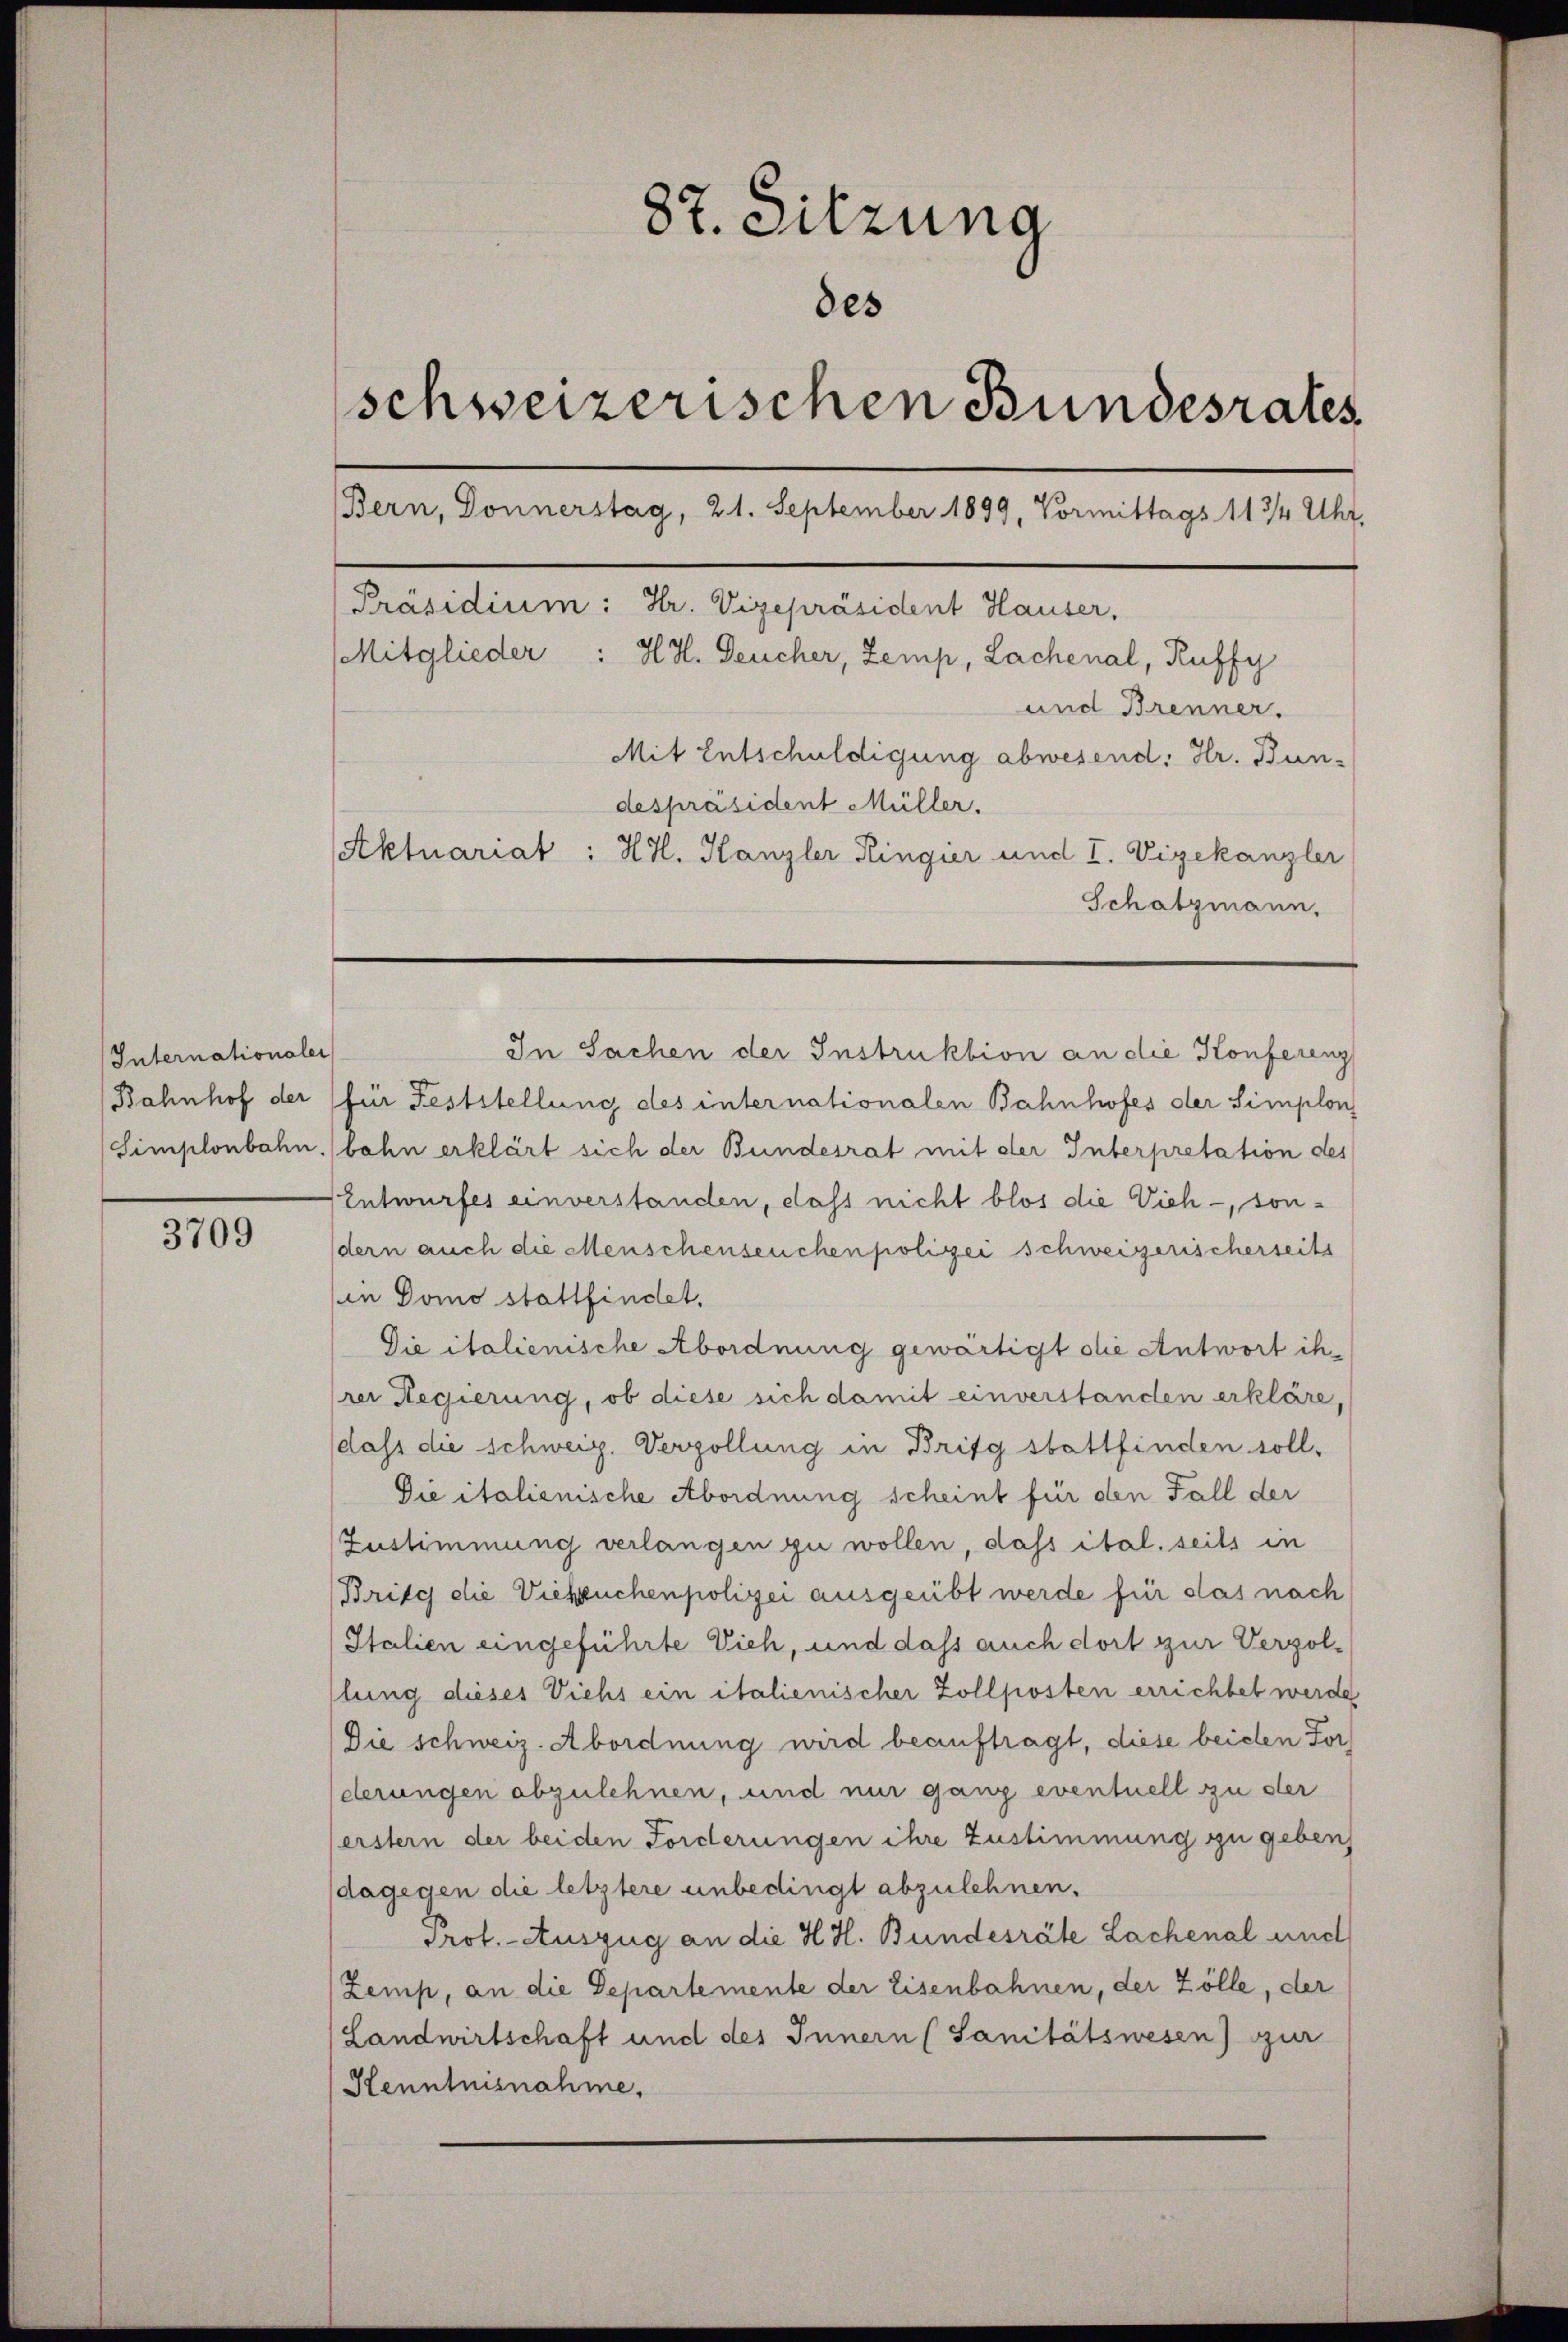
Internationaler
Bahnhof der
Simplonbahn.

3709

87. Sitzung
des
schweizerischen Bundesrates
(Bern, Donnerstag, 21. September 1899, Vormittags 113/4 Uhr,
Präsidium: Hr. Vizepräsident Hauser.
(Mitglieder : HH. Deucher, Zemp, Lachenal, Ruffy
und Brenner.
Mit Entschuldigung abwesend: Hr. Bun-
despräsident Müller.
Aktuariat: Hr. Kanzler Ringier und I. Vizekanzler
Schatzmann.

In Sachen der Instruktion an die Konferenz
für Feststellung des internationalen Bahnhofes der Simplon
bahn erklärt sich der Bundesrat mit der Interpretation des
Entwurfes einverstanden, dass nicht blos die Vieh -, sondern auch die Menschenseuchenpolizei schweizerischerseits
in Domo stattfindet.
Die italienische Abordnung gewärtigt die Antwort ihrer Regierung, ob diese sich damit einverstanden erkläre,
dass die schweiz. Verzöllung in Brifg stattfinden soll.
Die italienische Abordnung scheint für den Fall der
Zustimmung verlangen zu wollen, dass ital. seits in
Brite die Viehzuchenpolizei ausgeübt werde für das nach
Italien eingeführte Vieh, und dass auch dort zur Vergollung dieses Viehs ein italienischer Zollposten errichtet werde
Die schweiz. Abordnung wird beauftragt, diese beiden For
derungen abzulehnen, und nur ganz eventuell zu der
erstern der beiden Forderungen ihre Zustimmung zu geben
dagegen die letztere unbedingt abzulehnen.
Prof. Auszug an die H. H. Bundesräte Lachenal und
Zemp, an die Departemente der Eisenbahnen, der Zölle, der
Landwirtschaft und des Innern (Sanitätswesen) zur
Henntnisnahme,